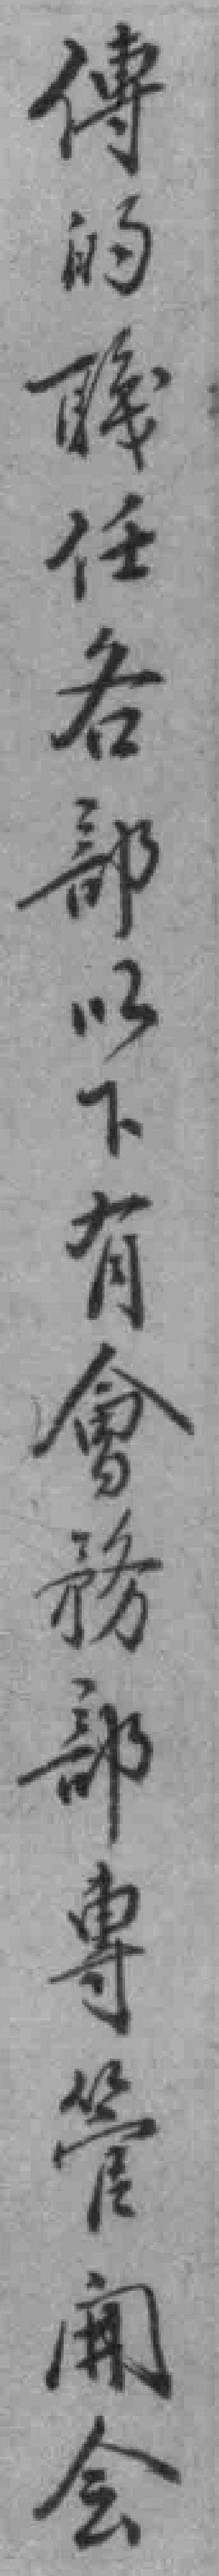
傳的職任各部以下有會務部專管𫔭会